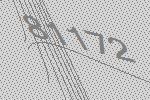
81172